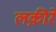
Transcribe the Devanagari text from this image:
लक़ीरें